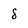
Character: 8